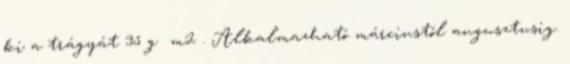
ki a trágyát 35 g m2 . Alkalmazható márciustól augusztusig.